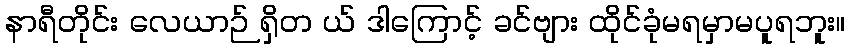
နာရီတိုင်း လေယာဉ် ရှိတ ယ် ဒါကြောင့် ခင်ဗျား ထိုင်ခုံမရမှာမပူရဘူး။